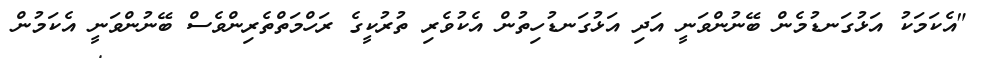
"އެކަމަކު އަޅުގަނޑުމެން ބޭނުންވަނީ އަދި އަޅުގަނޑުހިތުން އެކުވެރި ތުރުކީގެ ރަހްމަތްތެރިންވެސް ބޭނުންވަނީ އެކަމުން